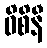
ဝိစိနီ